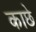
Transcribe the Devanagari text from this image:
काछे